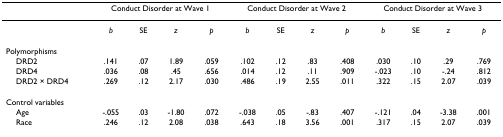
<table><thead><tr><td></td><td colspan="4"><b>Conduct Disorder at Wave 1</b></td><td colspan="4"><b>Conduct Disorder at Wave 2</b></td><td colspan="4"><b>Conduct Disorder at Wave 3</b></td></tr></thead><tbody><tr><td></td><td><i>b</i></td><td>SE</td><td><i>z</i></td><td><i>p</i></td><td><i>b</i></td><td>SE</td><td><i>z</i></td><td><i>p</i></td><td><i>b</i></td><td>SE</td><td><i>z</i></td><td><i>p</i></td></tr><tr><td>Polymorphisms</td><td></td><td></td><td></td><td></td><td></td><td></td><td></td><td></td><td></td><td></td><td></td><td></td></tr><tr><td> DRD2</td><td>.141</td><td>.07</td><td>1.89</td><td>.059</td><td>.102</td><td>.12</td><td>.83</td><td>.408</td><td>.030</td><td>.10</td><td>.29</td><td>.769</td></tr><tr><td> DRD4</td><td>.036</td><td>.08</td><td>.45</td><td>.656</td><td>.014</td><td>.12</td><td>.11</td><td>.909</td><td>-.023</td><td>.10</td><td>-.24</td><td>.812</td></tr><tr><td> DRD2 × DRD4</td><td>.269</td><td>.12</td><td>2.17</td><td>.030</td><td>.486</td><td>.19</td><td>2.55</td><td>.011</td><td>.322</td><td>.15</td><td>2.07</td><td>.039</td></tr><tr><td>Control variables</td><td></td><td></td><td></td><td></td><td></td><td></td><td></td><td></td><td></td><td></td><td></td><td></td></tr><tr><td> Age</td><td>-.055</td><td>.03</td><td>-1.80</td><td>.072</td><td>-.038</td><td>.05</td><td>-.83</td><td>.407</td><td>-.121</td><td>.04</td><td>-3.38</td><td>.001</td></tr><tr><td> Race</td><td>.246</td><td>.12</td><td>2.08</td><td>.038</td><td>.643</td><td>.18</td><td>3.56</td><td>.001</td><td>.317</td><td>.15</td><td>2.07</td><td>.039</td></tr></tbody></table>